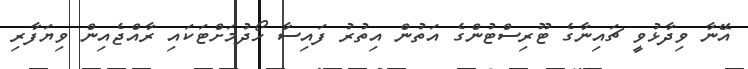
އޭނާ ވިދާޅުވީ ޗައިނާގެ ޓޫރިސްޓުންގެ އަތުން އިތުރު ފައިސާ ހޯދުމަށްޓަކައި ރާއްޖެއިން ވިޔަފާރި